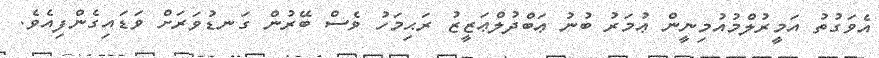
އެވަގުތު އަމީރުލްމުއުމިނީން ޢުމަރު ބުނު ޢަބްދުލްޢަޒީޒު ރަޙިމަހު ވެސް ބޭރުން ގަނޑުވަރަށް ވަޑައިގެންފިއެވެ.